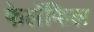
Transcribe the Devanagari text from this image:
फेलॅफिल